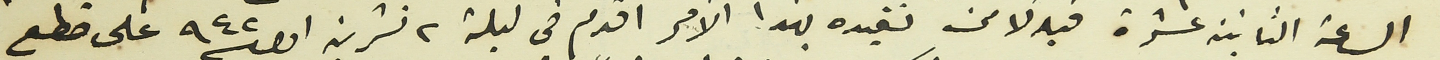
الساعة الثانية عشرة فبدلاً من تقيده بهذا الأمر اقدم في ليلة ٢ تشرين اول سنة ٩٤٢ على قطع